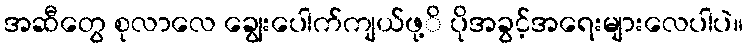
အဆီတွေ စုလာလေ ချွေးပေါက်ကျယ်ဖု့ိ ပိုအခွင့်အရေးများလေပါပဲ။